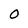
Character: 0